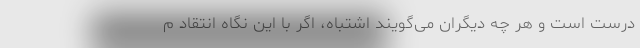
درست است و هر چه دیگران می‌گویند اشتباه، اگر با این نگاه انتقاد م